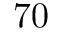
7 0